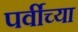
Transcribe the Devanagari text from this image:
पर्वीच्या